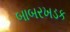
બાબરખડક